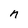
Character: n